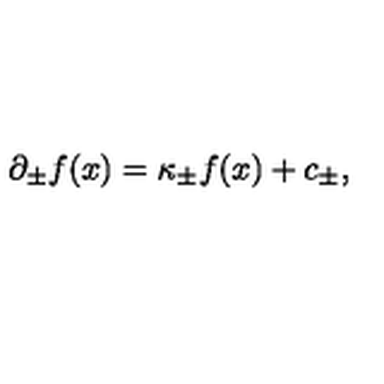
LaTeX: \partial _ { \pm } f ( x ) = \kappa _ { \pm } f ( x ) + c _ { \pm } ,